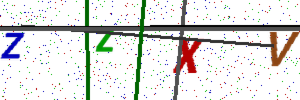
Text: ZZXV